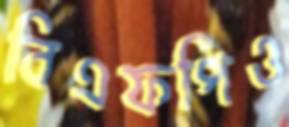
বিএফপিও